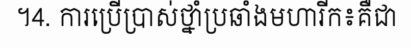
។4. ការប្រើប្រាស់ថ្នាំប្រឆាំងមហារីក៖គឺជា